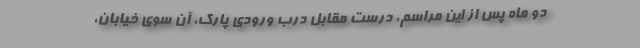
دو ماه پس از اين مراسم، درست مقابل درب ورودي پارك، آن سوي خيابان،